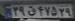
۲۹ق۴۷۵۲۹